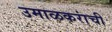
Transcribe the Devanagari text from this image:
उमाळकरांची